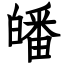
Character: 皤